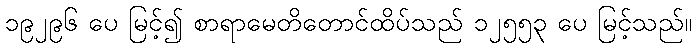
၁၉၂၉၆ ပေ မြင့်၍ စာရာမေတိတောင်ထိပ်သည် ၁၂၅၅၃ ပေ မြင့်သည်။